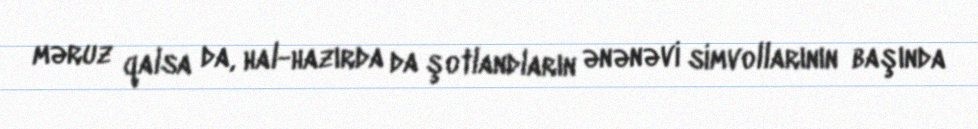
məruz qalsa da, hal-hazırda da şotlandların ənənəvi simvollarının başında